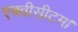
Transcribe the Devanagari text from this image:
एक्वीसीटम।